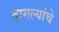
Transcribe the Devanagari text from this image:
दामल्यांचे